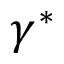
\gamma ^ { * }